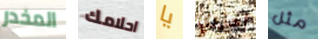
المخدر احلامك يا احزري مثل